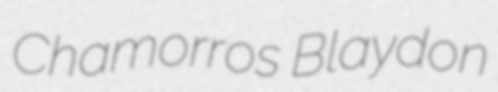
Chamorros Blaydon